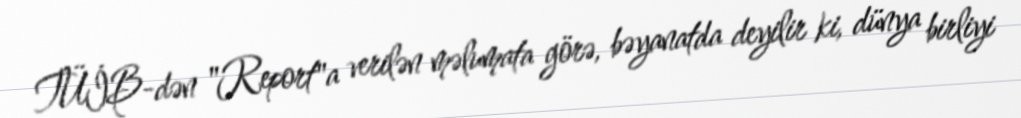
TÜİB-dən "Report"a verilən məlumata görə, bəyanatda deyilir ki, dünya birliyi